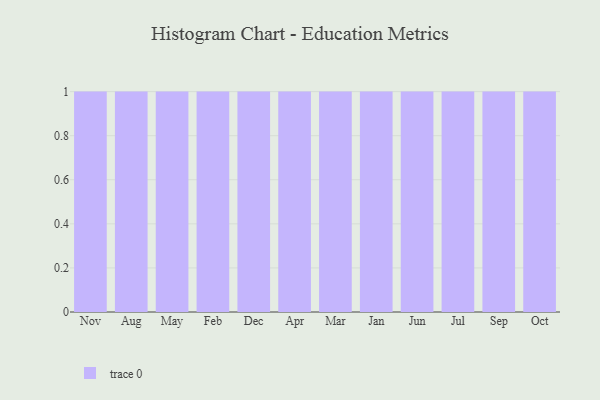
{"axis": {"x": "Month", "y": "Demand Index"}, "legend": [""], "data": [{"x": "Nov", "y": 23, "type": ""}, {"x": "Aug", "y": 54, "type": ""}, {"x": "May", "y": 8, "type": ""}, {"x": "Feb", "y": 46, "type": ""}, {"x": "Dec", "y": 19, "type": ""}, {"x": "Apr", "y": 12, "type": ""}, {"x": "Mar", "y": 22, "type": ""}, {"x": "Jan", "y": 5, "type": ""}, {"x": "Jun", "y": 5, "type": ""}, {"x": "Jul", "y": 20, "type": ""}, {"x": "Sep", "y": 52, "type": ""}, {"x": "Oct", "y": 54, "type": ""}]}